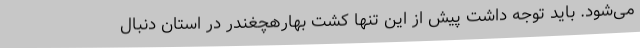
می‌شود. باید توجه داشت پیش از این تنها کشت بهارهچغندر در استان دنبال